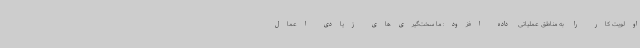
اولویت کار را به مناطق عملیاتی داده افزود: ما سخت‌گیری‌های زیادی اعمال